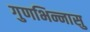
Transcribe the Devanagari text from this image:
गुणभिन्नासु